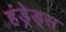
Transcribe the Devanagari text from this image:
हंड्रेड्स